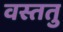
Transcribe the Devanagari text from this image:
वस्ततु